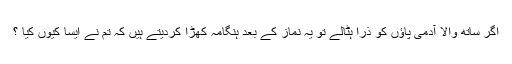
اگر ساتھ والا آدمی پاؤں کو ذرا ہٹالے تو یہ نماز کے بعد ہنگامہ کھڑا کردیتے ہیں کہ تم نے ایسا کیوں کیا ؟